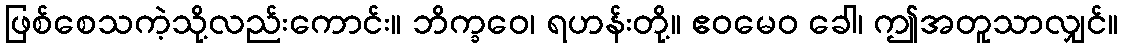
ဖြစ်စေသကဲ့သို့လည်းကောင်း။ ဘိက္ခဝေ၊ ရဟန်းတို့။ ဧဝမေဝ ခေါ၊ ဤအတူသာလျှင်။